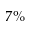
7 \%